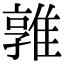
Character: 𨿡